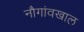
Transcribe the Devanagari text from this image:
नौगांवखाल